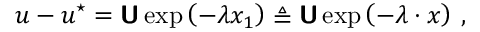
\boldsymbol { u } - \boldsymbol { u } ^ { \star } = \boldsymbol { \mathsf { U } } \exp \left( - \lambda x _ { 1 } \right) \triangleq \boldsymbol { \mathsf { U } } \exp \left( - \boldsymbol { \lambda } \boldsymbol { \cdot } \boldsymbol { x } \right) \, ,